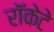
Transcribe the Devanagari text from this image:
रॉकेटे